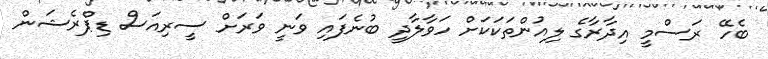
ބެހޭ ރަސްމީ އިދާރާގެ ލިއުންތަކަކަށް ހަވާލާދީ ބުނެފައި ވަނީ ވަރަށް ސީރިއަސް ޑިޕްރެޝަން